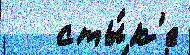
   сты́к'е